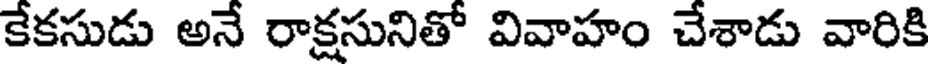
కేకసుడు అనే రాక్షసునితో వివాహం చేశాడు వారికి